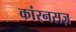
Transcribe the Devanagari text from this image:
कांरनसज़